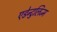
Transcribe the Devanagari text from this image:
एडेन्टुलिज्म